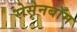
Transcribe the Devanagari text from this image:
रोसेनबॉम